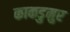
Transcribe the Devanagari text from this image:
काकडुमुर